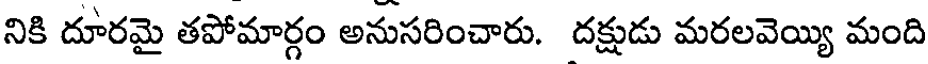
నికి దూరమై తపోమార్గం అనుసరించారు. దక్షుడు మరలవెయ్యి మంది